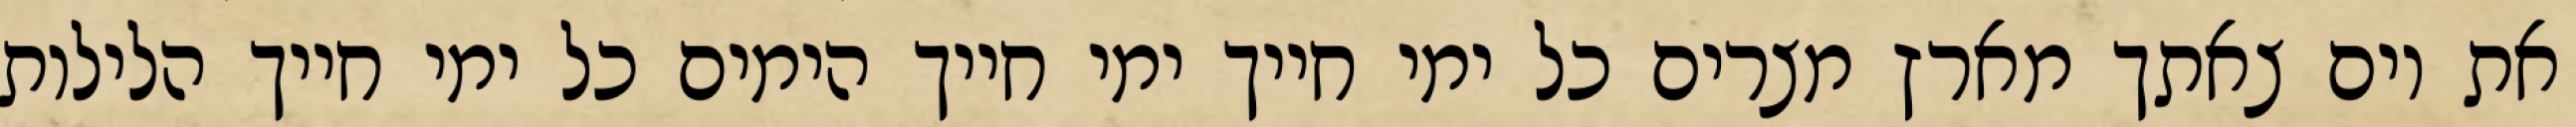
את יום צאתך מארץ מצרים כל ימי חייך ימי חייך הימים כל ימי חייך הלילות